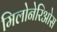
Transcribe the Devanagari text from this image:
मिलोनेरिओस